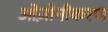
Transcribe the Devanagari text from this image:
ओज़ोनीकरण